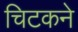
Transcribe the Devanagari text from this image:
चिटकने